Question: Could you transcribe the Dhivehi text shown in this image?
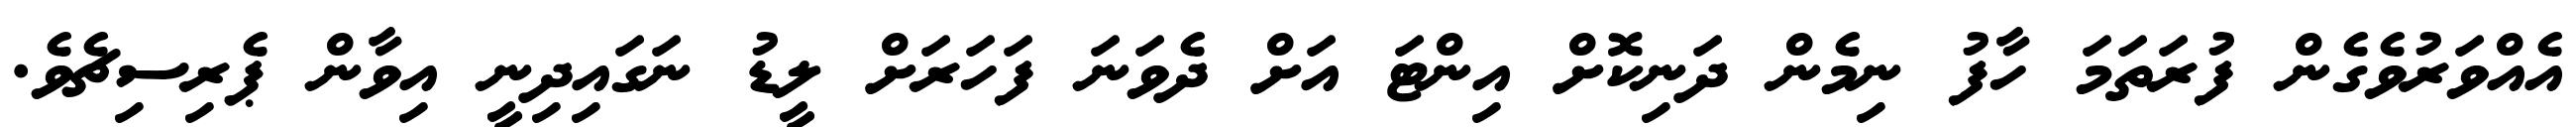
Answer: އެއްވަރުވެގެން ފުރަތަމަ ހާފު ނިމެން ދަނިކޮށް އިންޓަ އަށް ދެވަނަ ފަހަރަށް ލީޑު ނަގައިދިނީ އިވާން ޕެރިސިޗެވެ.